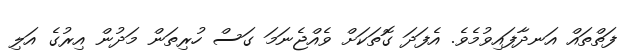
ފަތްތައް އަނދާފައިވުމެވެ. އެފަދަ ގޮތަކަށް ވެއްޖެނަމަ ގަސް ހުރިތަން މަދުން އިރުގެ އަލި